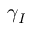
\gamma _ { I }